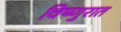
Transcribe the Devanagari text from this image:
विष्णुरात